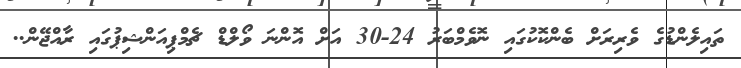
ތައިލެންޑުގެ ވެރިރަށް ބެންކޮކުގައި ނޮވެމްބަރު 24-30 އަށް އޮންނަ ވޯލްޑް ޗެމްޕިއަންޝިޕުގައި ރާއްޖޭން..